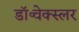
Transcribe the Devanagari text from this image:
डॉ॰वेक्स्लर